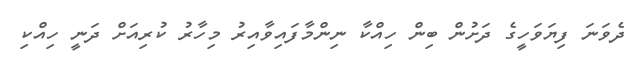
ދެވަނަ ފިޔަވަހީގެ ދަށުން ބިން ހިއްކާ ނިންމާފައިވާއިރު މިހާރު ކުރިއަށް ދަނީ ހިއްކި